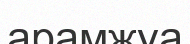
арамжуа